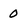
Character: 0